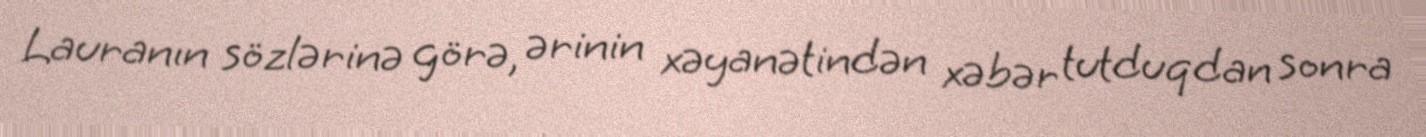
Lauranın sözlərinə görə, ərinin xəyanətindən xəbər tutduqdan sonra